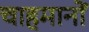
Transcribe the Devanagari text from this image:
चाहमानों